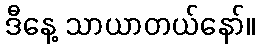
ဒီနေ့ သာယာတယ်နော်။